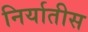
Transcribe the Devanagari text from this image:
निर्यातीस